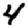
Digit: 4